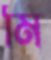
মি